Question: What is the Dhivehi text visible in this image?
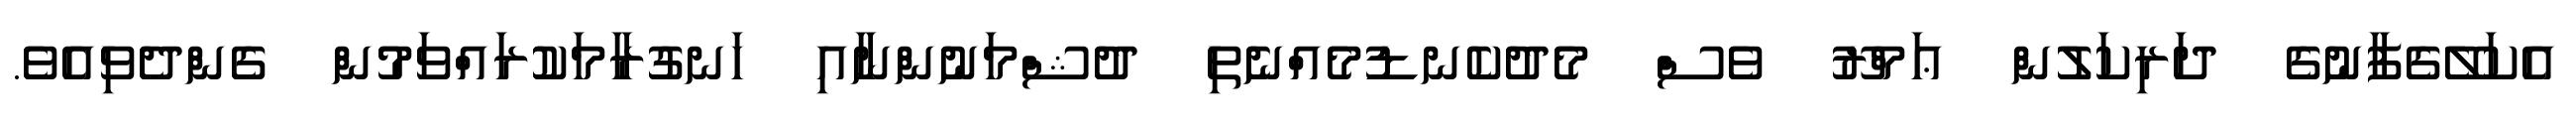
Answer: އެކަލޭގެފާނުގެ ދަރިކަލުން ޢަމްރޫ ވެސް މެދުކެނޑުމެއްނެތި ދުޝްމަނުންނާއި ހަނގުރާމަކުރައްވަމުން ގެންދެވިއެވެ.